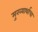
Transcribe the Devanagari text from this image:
मुख्यार्थाचा